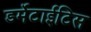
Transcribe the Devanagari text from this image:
डर्मेटाईटिस